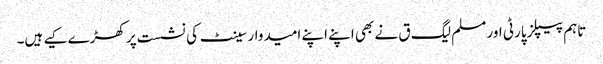
تاہم پیپلز پارٹی اور مسلم لیگ ق نے بھی اپنے اپنے امیدوار سینٹ کی نشست پر کھڑے کیے ہیں۔